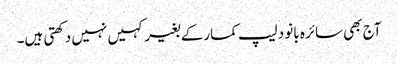
آج بھی سائرہ بانو دلیپ کمارکے بغیر کہیں نہیں دکھتی ہیں۔